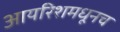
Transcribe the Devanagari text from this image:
आयरिशमधूनच